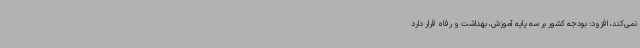
نمی‌کند، افزود: بودجه کشور بر سه پایه آموزش، بهداشت و رفاه قرار دارد